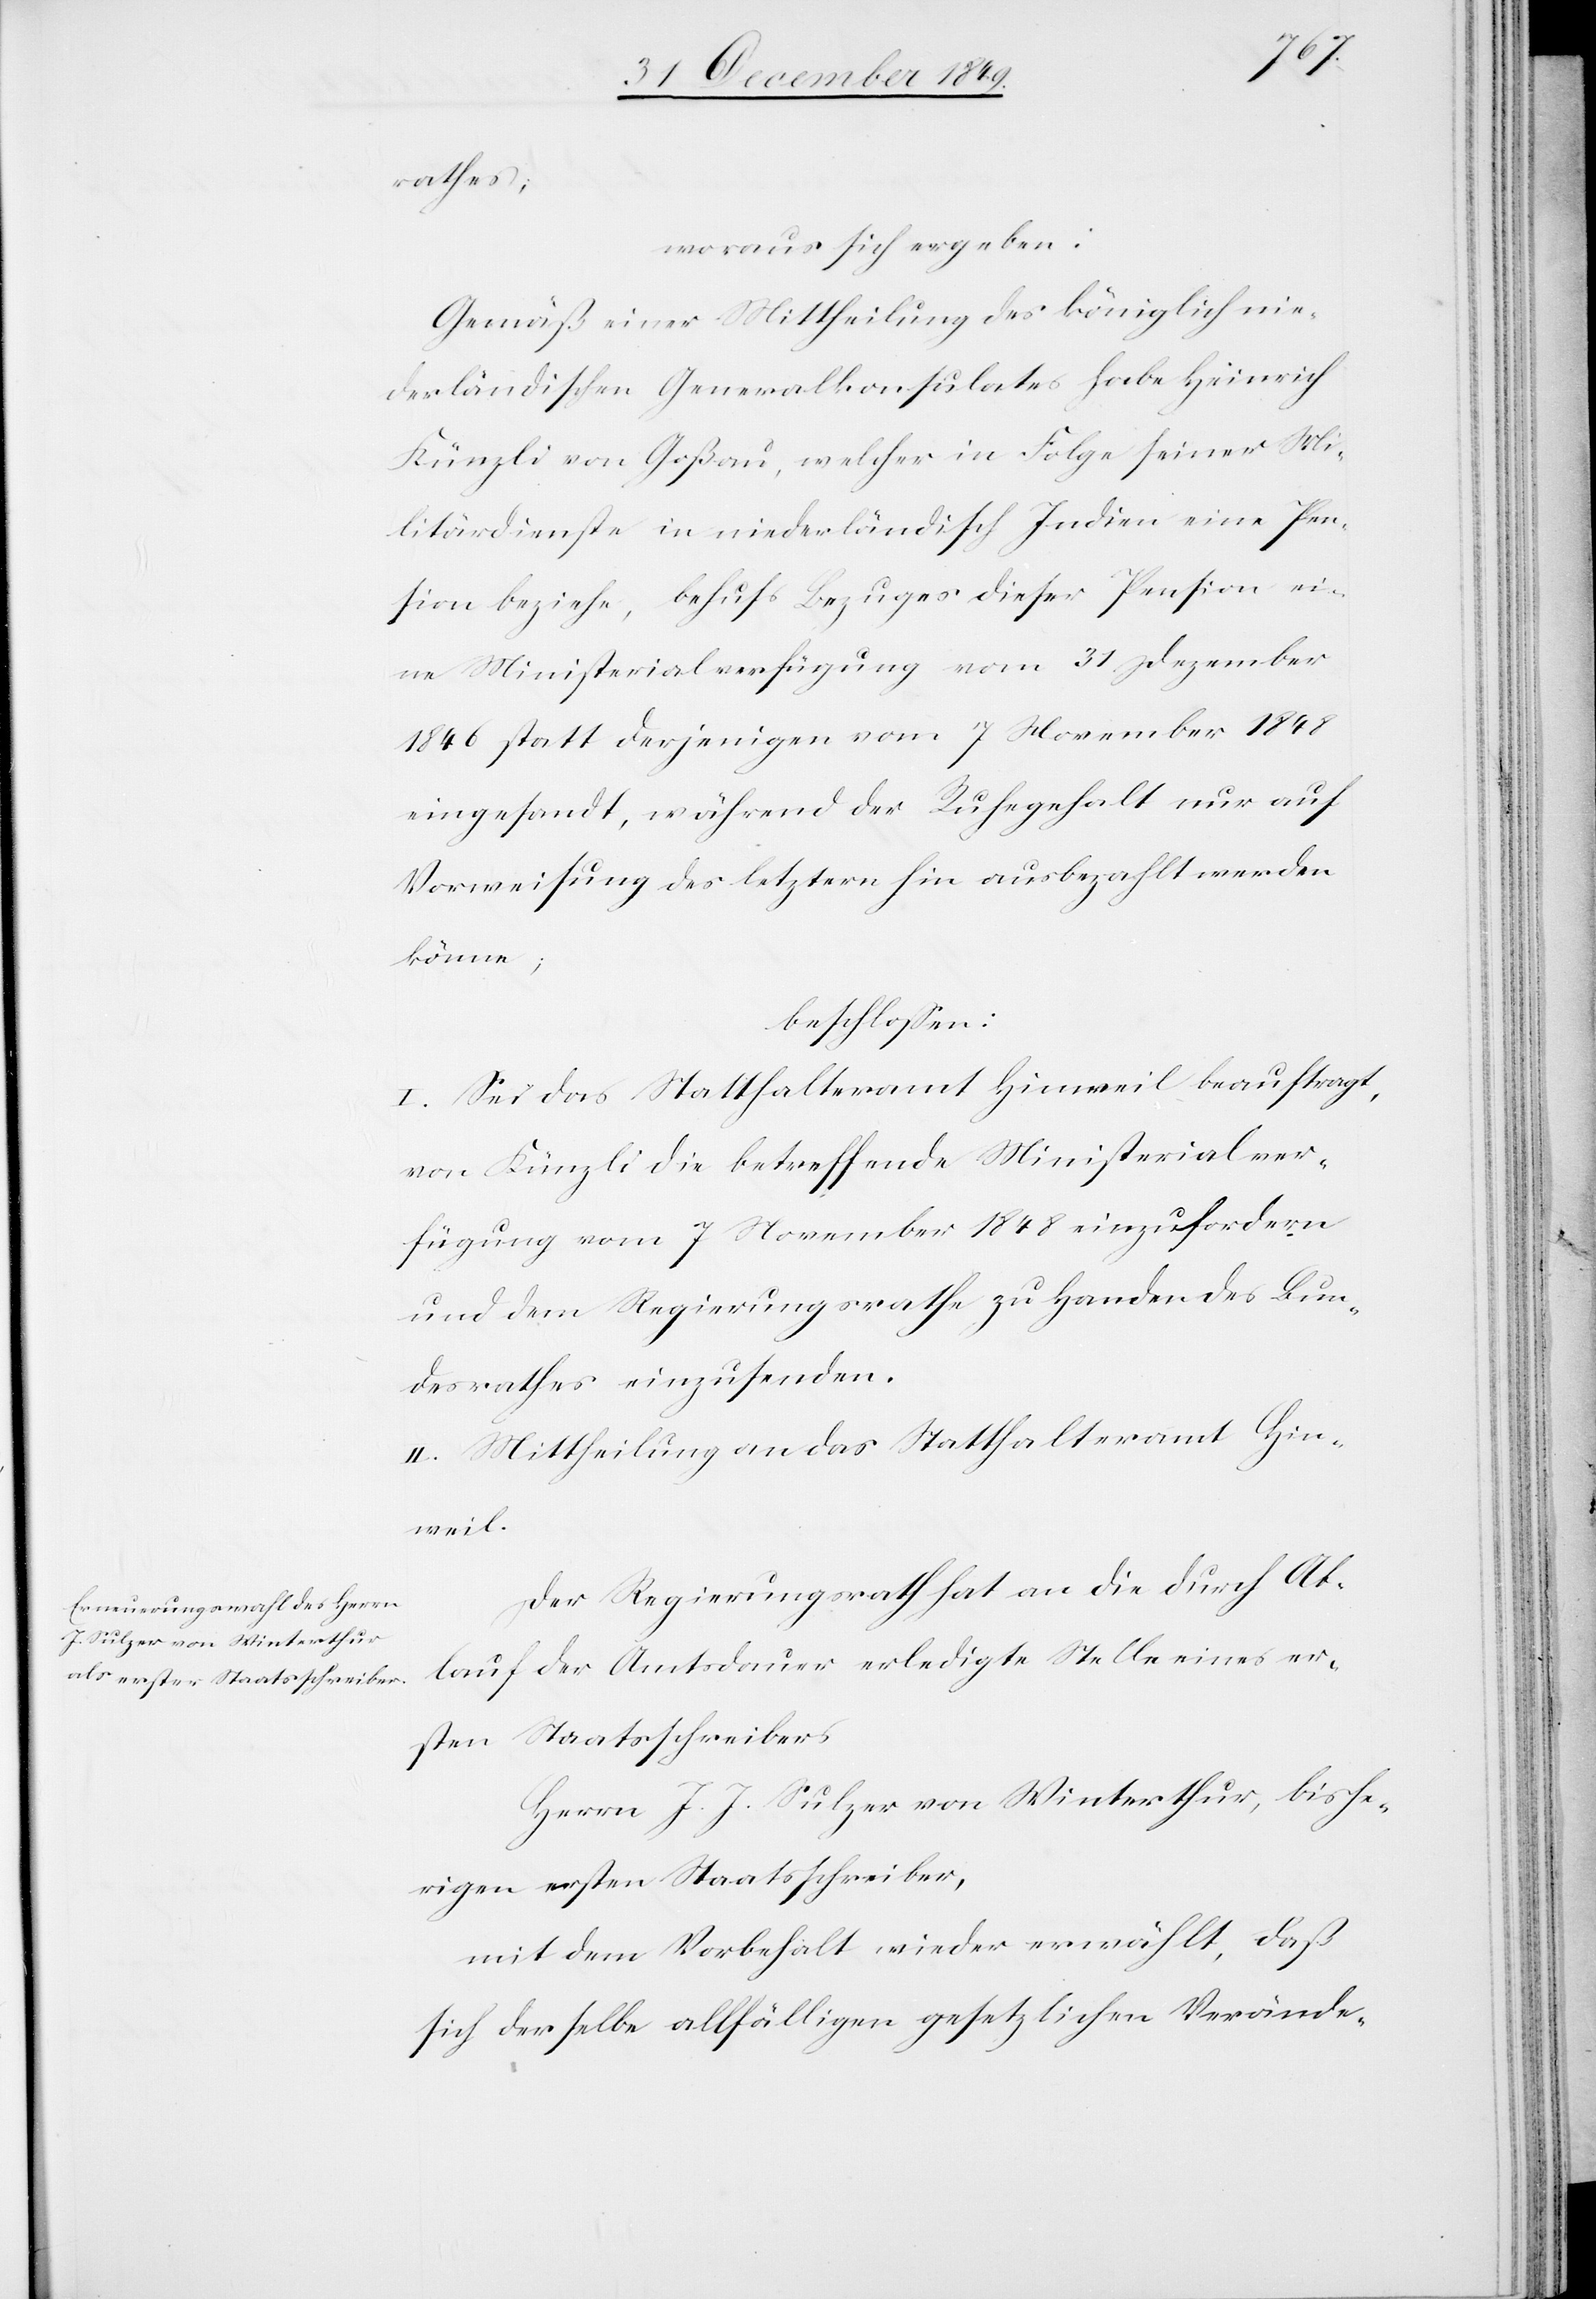
rathes,
woraus sich ergeben:
Gemäß einer Mittheilung des königlich nie¬
derländischen Generalkonsulates habe Heinrich
Künzli von Goßau, welcher in Folge seiner Mi¬
litärdienste in niederländisch Indien eine Pen¬
sion beziehe, behufs Bezuges dieser Pension ei¬
ne Ministerialverfügung vom 31 Dezember
1846 statt derjenigen vom 7 November 1848
eingesandt, während der Ruhegehalt nur auf
Vorweisung des letztern hin ausbezahlt werden
könne;
beschloßen:
I. Sei das Statthalteramt Hinweil beauftragt,
von Künzli die betreffende Ministerialver¬
fügung vom 7 November 1848 einzufordern
und dem Regierungsrathe zu Handen des Bun¬
desrathes einzusenden.
II. Mittheilung an das Statthalteramt Hin¬
weil.
Der Regierungsrath hat an die durch Ab¬
lauf der Amtsdauer erledigte Stelle eines er¬
sten Staatsschreibers
Herrn J. J. Sulzer von Winterthur, bishe¬
rigen ersten Staatsschreiber,
mit dem Vorbehalt wieder erwählt, daß
sich derselbe allfälligen gesetzlichen Verände-